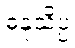
ဓနုသိပ္ပံ